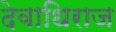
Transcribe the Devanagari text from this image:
देवाधिराज